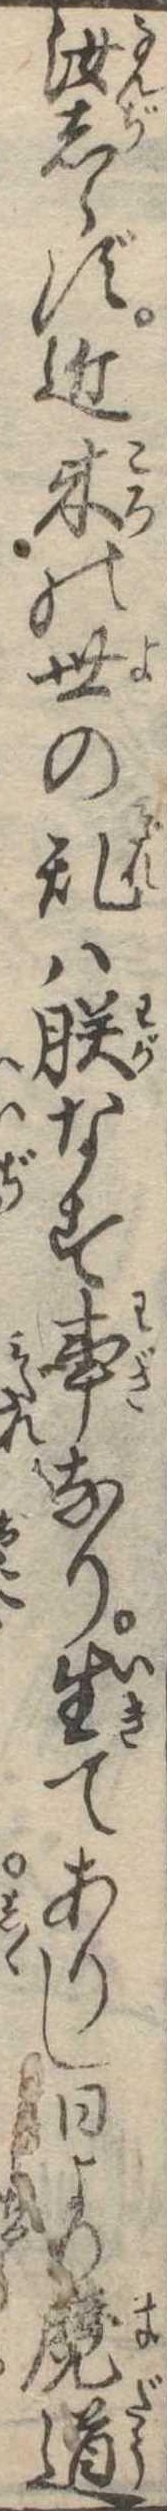
汝しらず近来の世の乱は朕なす事なり生てありし日より魔道